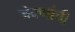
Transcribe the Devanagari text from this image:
जेवणांची